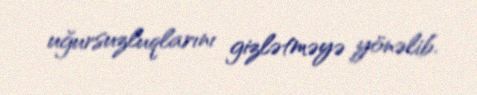
uğursuzluqlarını gizlətməyə yönəlib.